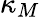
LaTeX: \kappa_{M}